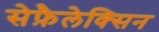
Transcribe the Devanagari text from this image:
सेफ़ैलेक्सिन